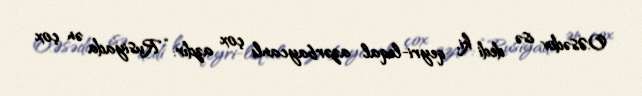
O.Əsədov isə dedi ki, qeyri-leqal azərbaycanlı çox azdır: “Rusiyada ən çox